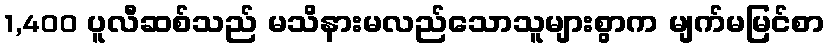
1,400 ပူလီဆစ်သည် မသိနားမလည်သောသူများစွာက မျက်မမြင်စာ